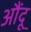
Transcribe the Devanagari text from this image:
औंदू